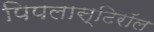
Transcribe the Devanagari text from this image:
पिपलास्टिरॉल